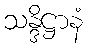
သန္ဒိဋ္ဌာနံ